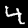
Digit: 4